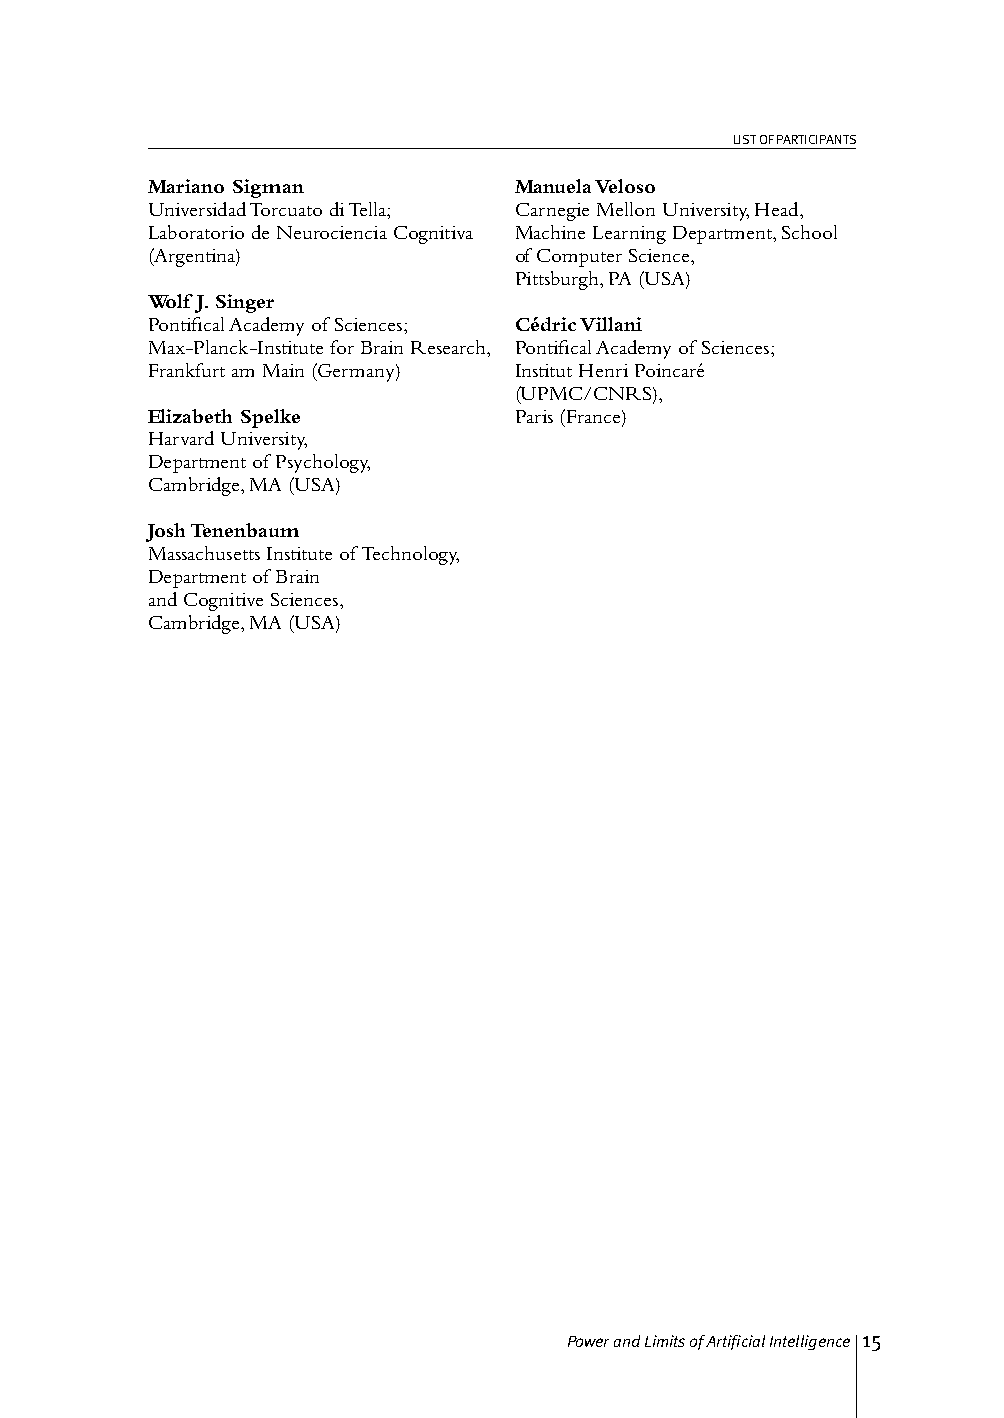
LIST OF PARTICIPANTS
 Mariano Sigman          Manuela Veloso
 Universidad Torcuato di Tella; Carnegie Mellon University, Head,
 Laboratorio de Neurociencia Cognitiva Machine Learning Department, School
 (Argentina)             of Computer Science,
 Pittsburgh, PA (USA)
 Wolf J. Singer
 Pontifical Academy of Sciences; Cédric Villani
 Max-Planck-Institute for Brain Research, Pontifical Academy of Sciences;
 Frankfurt am Main (Germany) Institut Henri Poincaré
 (UPMC/CNRS),
 Elizabeth Spelke        Paris (France)
 Harvard University,
 Department of Psychology,
 Cambridge, MA (USA)
 Josh Tenenbaum
 Massachusetts Institute of Technology,
 Department of Brain
 and Cognitive Sciences,
 Cambridge, MA (USA)
 Power and Limits of Artificial Intelligence 15